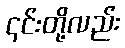
၎င်းတို့လည်း